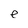
Character: e